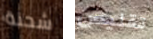
شحنة تقليص